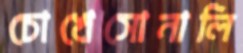
চোখেসোনালি